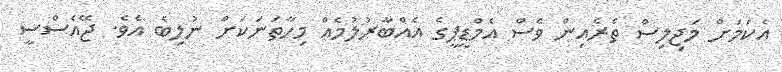
އެކަމަށް މަޖިލިސް ތެރެއިން ވެސް އެމްޑީޕީގެ އެއްބާރުލުމެއް މިހާތަނަކަށް ނުލިބެ އެވެ. ޖޭއެސްސީ